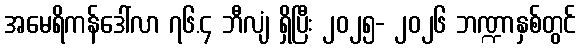
အမေရိကန်ဒေါ်လာ ၇၆.၄ ဘီလျံ ရှိပြီး ၂၀၂၅- ၂၀၂၆ ဘဏ္ဍာနှစ်တွင်